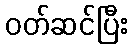
ဝတ်ဆင်ပြီး